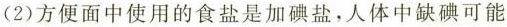
(2)方便面中使用的食盐是加碘盐，人体中缺碘可能